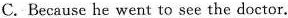
C. Because he went to see the doctor.